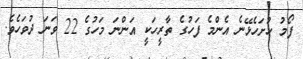
ފޯމު ހުށަހެޅޭނެ އެންމެ ފަހުގެ ތާރީހަކީ އަންނަ މަހުގެ 22 ވަނަ ދުވަހެވެ.